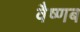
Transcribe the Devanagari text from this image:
वैष्णब